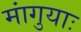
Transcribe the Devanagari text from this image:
मांगुयाः